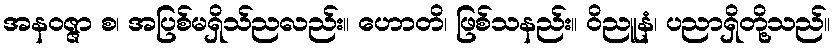
အနဝဇ္ဇာ စ၊ အပြစ်မရှိသ်ညလည်း။ ဟောတိ၊ ဖြစ်သနည်း။ ဝိညူနံ၊ ပညာရှိတို့သည်။